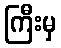
ကြီးမှ